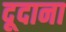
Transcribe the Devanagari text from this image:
दूदाना